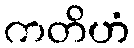
ကတိဟံ